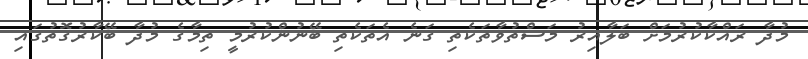
މުދާ ރައްކާކުރުމަށް ބަލާއިރު މަސްތުވާތަކެތި ގަނެ އެތަކެތި ބޭނުންކުރުމީ ތިމާގެ މުދާ ބޭކާރުގޮތުގައި